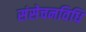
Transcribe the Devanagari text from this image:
संसेचनविधि